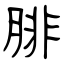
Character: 腓